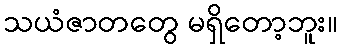
သယံဇာတတွေ မရှိတော့ဘူး။